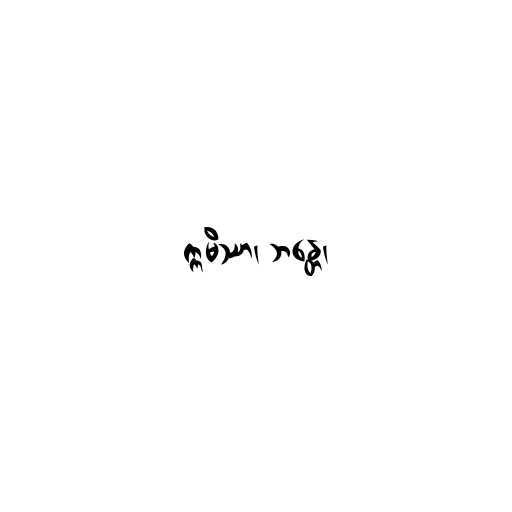
ဣမိဿာ၊ ဘန္တေ၊